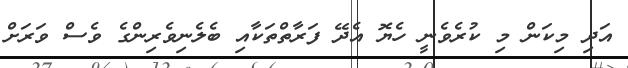
އަދި މިކަން މި ކުރެވެނީ ހެޔޮ އެދޭ ފަރާތްތަކާއި ބެލެނިވެރިންގެ ވެސް ވަރަށް